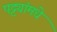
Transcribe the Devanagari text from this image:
पट्ट्यांमधे